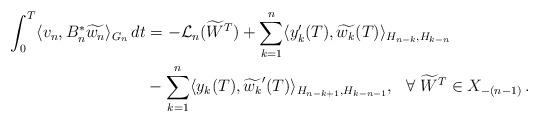
LaTeX: \begin{align*} \int_0^T \langle v_n, B_n^{\ast}\widetilde{w_n}\rangle_{G_n} \,dt &= - \mathcal{L}_n(\widetilde{W}^T) + \displaystyle{\sum_{k=1}^n \langle y_k^{\prime}(T), \widetilde{w_k}(T)\rangle_{H_{n-k},H_{k-n}} } \\&- \displaystyle{\sum_{k=1}^n \langle y_k(T), \widetilde{w_k}^{\prime}(T)\rangle_{H_{n-k+1},H_{k-n-1}}} , \ \ \forall \ \widetilde{W}^T \in X_{-(n-1)}\,.\end{align*}